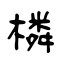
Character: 橉